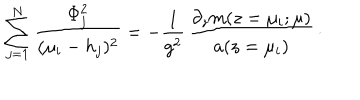
LaTeX: \sum _ { j = 1 } ^ { N } { \frac { \Phi _ { j } ^ { 2 } } { ( \mu _ { i } - h _ { j } ) ^ { 2 } } } = - { \frac { 1 } { g ^ { 2 } } } \, { \frac { \partial _ { z } m ( z = \mu _ { i } ; \mu ) } { a ( z = \mu _ { i } ) } } \, \cdotp